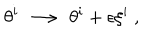
\theta ^ { i } \ \longrightarrow \ \theta ^ { i } + \epsilon \xi ^ { i } \ ,